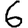
Digit: 6